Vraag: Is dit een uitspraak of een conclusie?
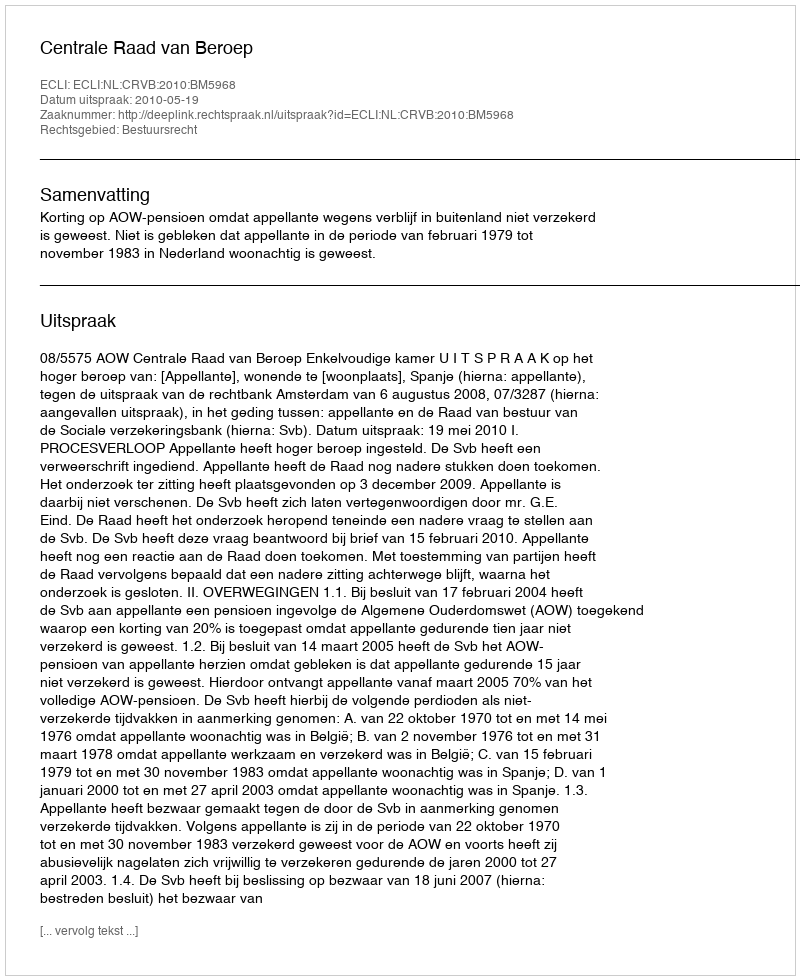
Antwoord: Uitspraak